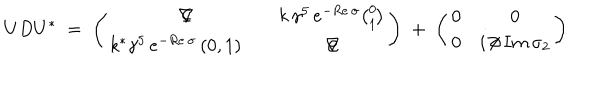
U D U ^ { * } \; = \; \left( \begin{array} { c c } { { \nabla \! \! \! \! / } } & { { k \, \gamma ^ { 5 } \, e ^ { - R e \, \sigma } { \binom { 0 } { 1 } } } } \\ { { k ^ { * } \gamma ^ { 5 } \, e ^ { - R e \, \sigma } \, ( 0 , 1 ) \quad } } & { { \nabla \! \! \! \! / } } \\ \end{array} \right) \; + \; \left( \begin{array} { c c } { { 0 } } & { { 0 } } \\ { { 0 } } & { { i \, \partial \! \! \! / \, I m \, \sigma _ { 2 } } } \\ \end{array} \right)